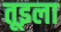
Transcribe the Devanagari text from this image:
तूइला